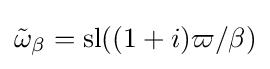
{\tilde {\omega }}_{\beta }=\operatorname {sl} ((1+i)\varpi /\beta )